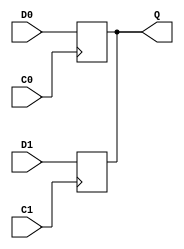
module ODDR2(Q,D0,D1,C0,C1);
input D0,D1,C0,C1;
output Q;
reg Q;
initial Q=0;
always @(posedge C0) Q=D0;
always @(posedge C1) Q=D1;
endmodule